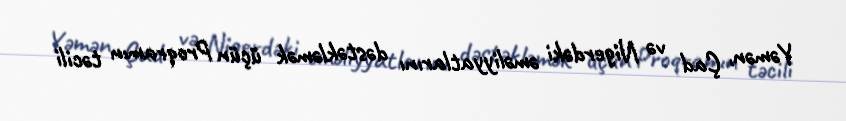
Yəmən, Çad və Nigerdəki əməliyyatlarını dəstəkləmək üçün Proqramın təcili